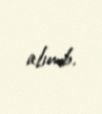
alınıb.